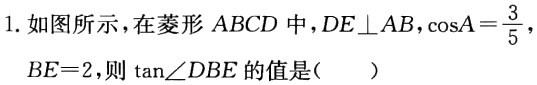
1. 如图所示，在菱形 \(ABCD\) 中，\(DE\perp AB\)，\(\cos A = \frac{3}{5}\)，\(BE = 2\)，则 \(\tan\angle DBE\) 的值是（  ）